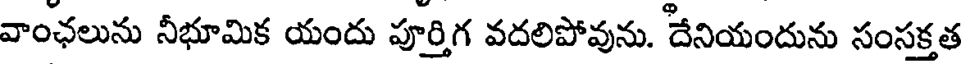
వాంఛలును నీభూమిక యందు పూర్తిగ వదలిపోవును. దేనియందును సంసక్తత